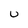
Character: U